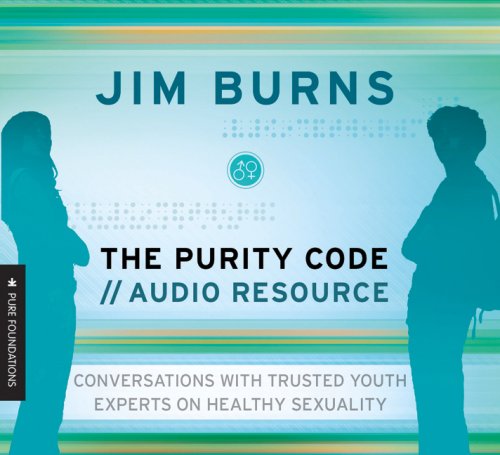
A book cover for Purity Code: Audio Resource, The: Conversations With Youth Experts (Pure Foundations); Jim Burns; Teen & Young Adult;